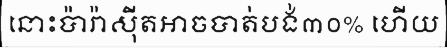
នោះប៉ារ៉ាស៊ីតអាចបាត់បង់៣០% ហើយ